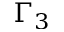
\Gamma _ { 3 }